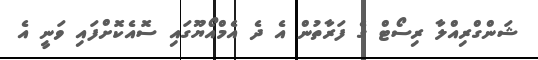
ޝަންގްރިއްލާ ރިސޯޓް ގެ ފަރާތުން އެ ދެ އެމްއޯޔޫގައި ސޮއެކޮށްފައި ވަނީ އެ